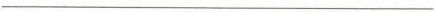
___